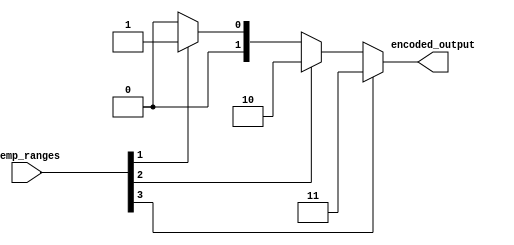
module thermal_encoder (
    input wire [3:0] temp_ranges, // 4-bit input representing temperature ranges
    output reg [1:0] encoded_output // 2-bit output for encoded temperature
);

    always @* begin
        case (1'b1) // Priority encoding using case statement
            temp_ranges[3]: encoded_output = 2'b11; // 76-100C
            temp_ranges[2]: encoded_output = 2'b10; // 51-75C
            temp_ranges[1]: encoded_output = 2'b01; // 26-50C
            temp_ranges[0]: encoded_output = 2'b00; // 0-25C
            default: encoded_output = 2'b00; // Default output when no input is active
        endcase
    end

endmodule